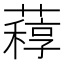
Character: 𦽑